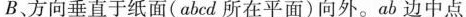
B、方向垂直于纸面(abcd所在平面)向外。ab边中点